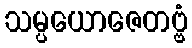
သမ္ပယောဇေတဗ္ဗံ